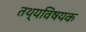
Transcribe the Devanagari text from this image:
तथ्यविषयक